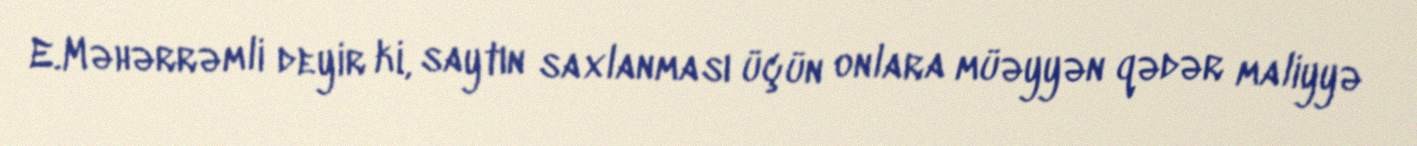
E.Məhərrəmli deyir ki, saytın saxlanması üçün onlara müəyyən qədər maliyyə